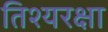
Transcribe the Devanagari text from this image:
तिश्यरक्षा